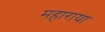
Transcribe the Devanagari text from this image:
महाराया